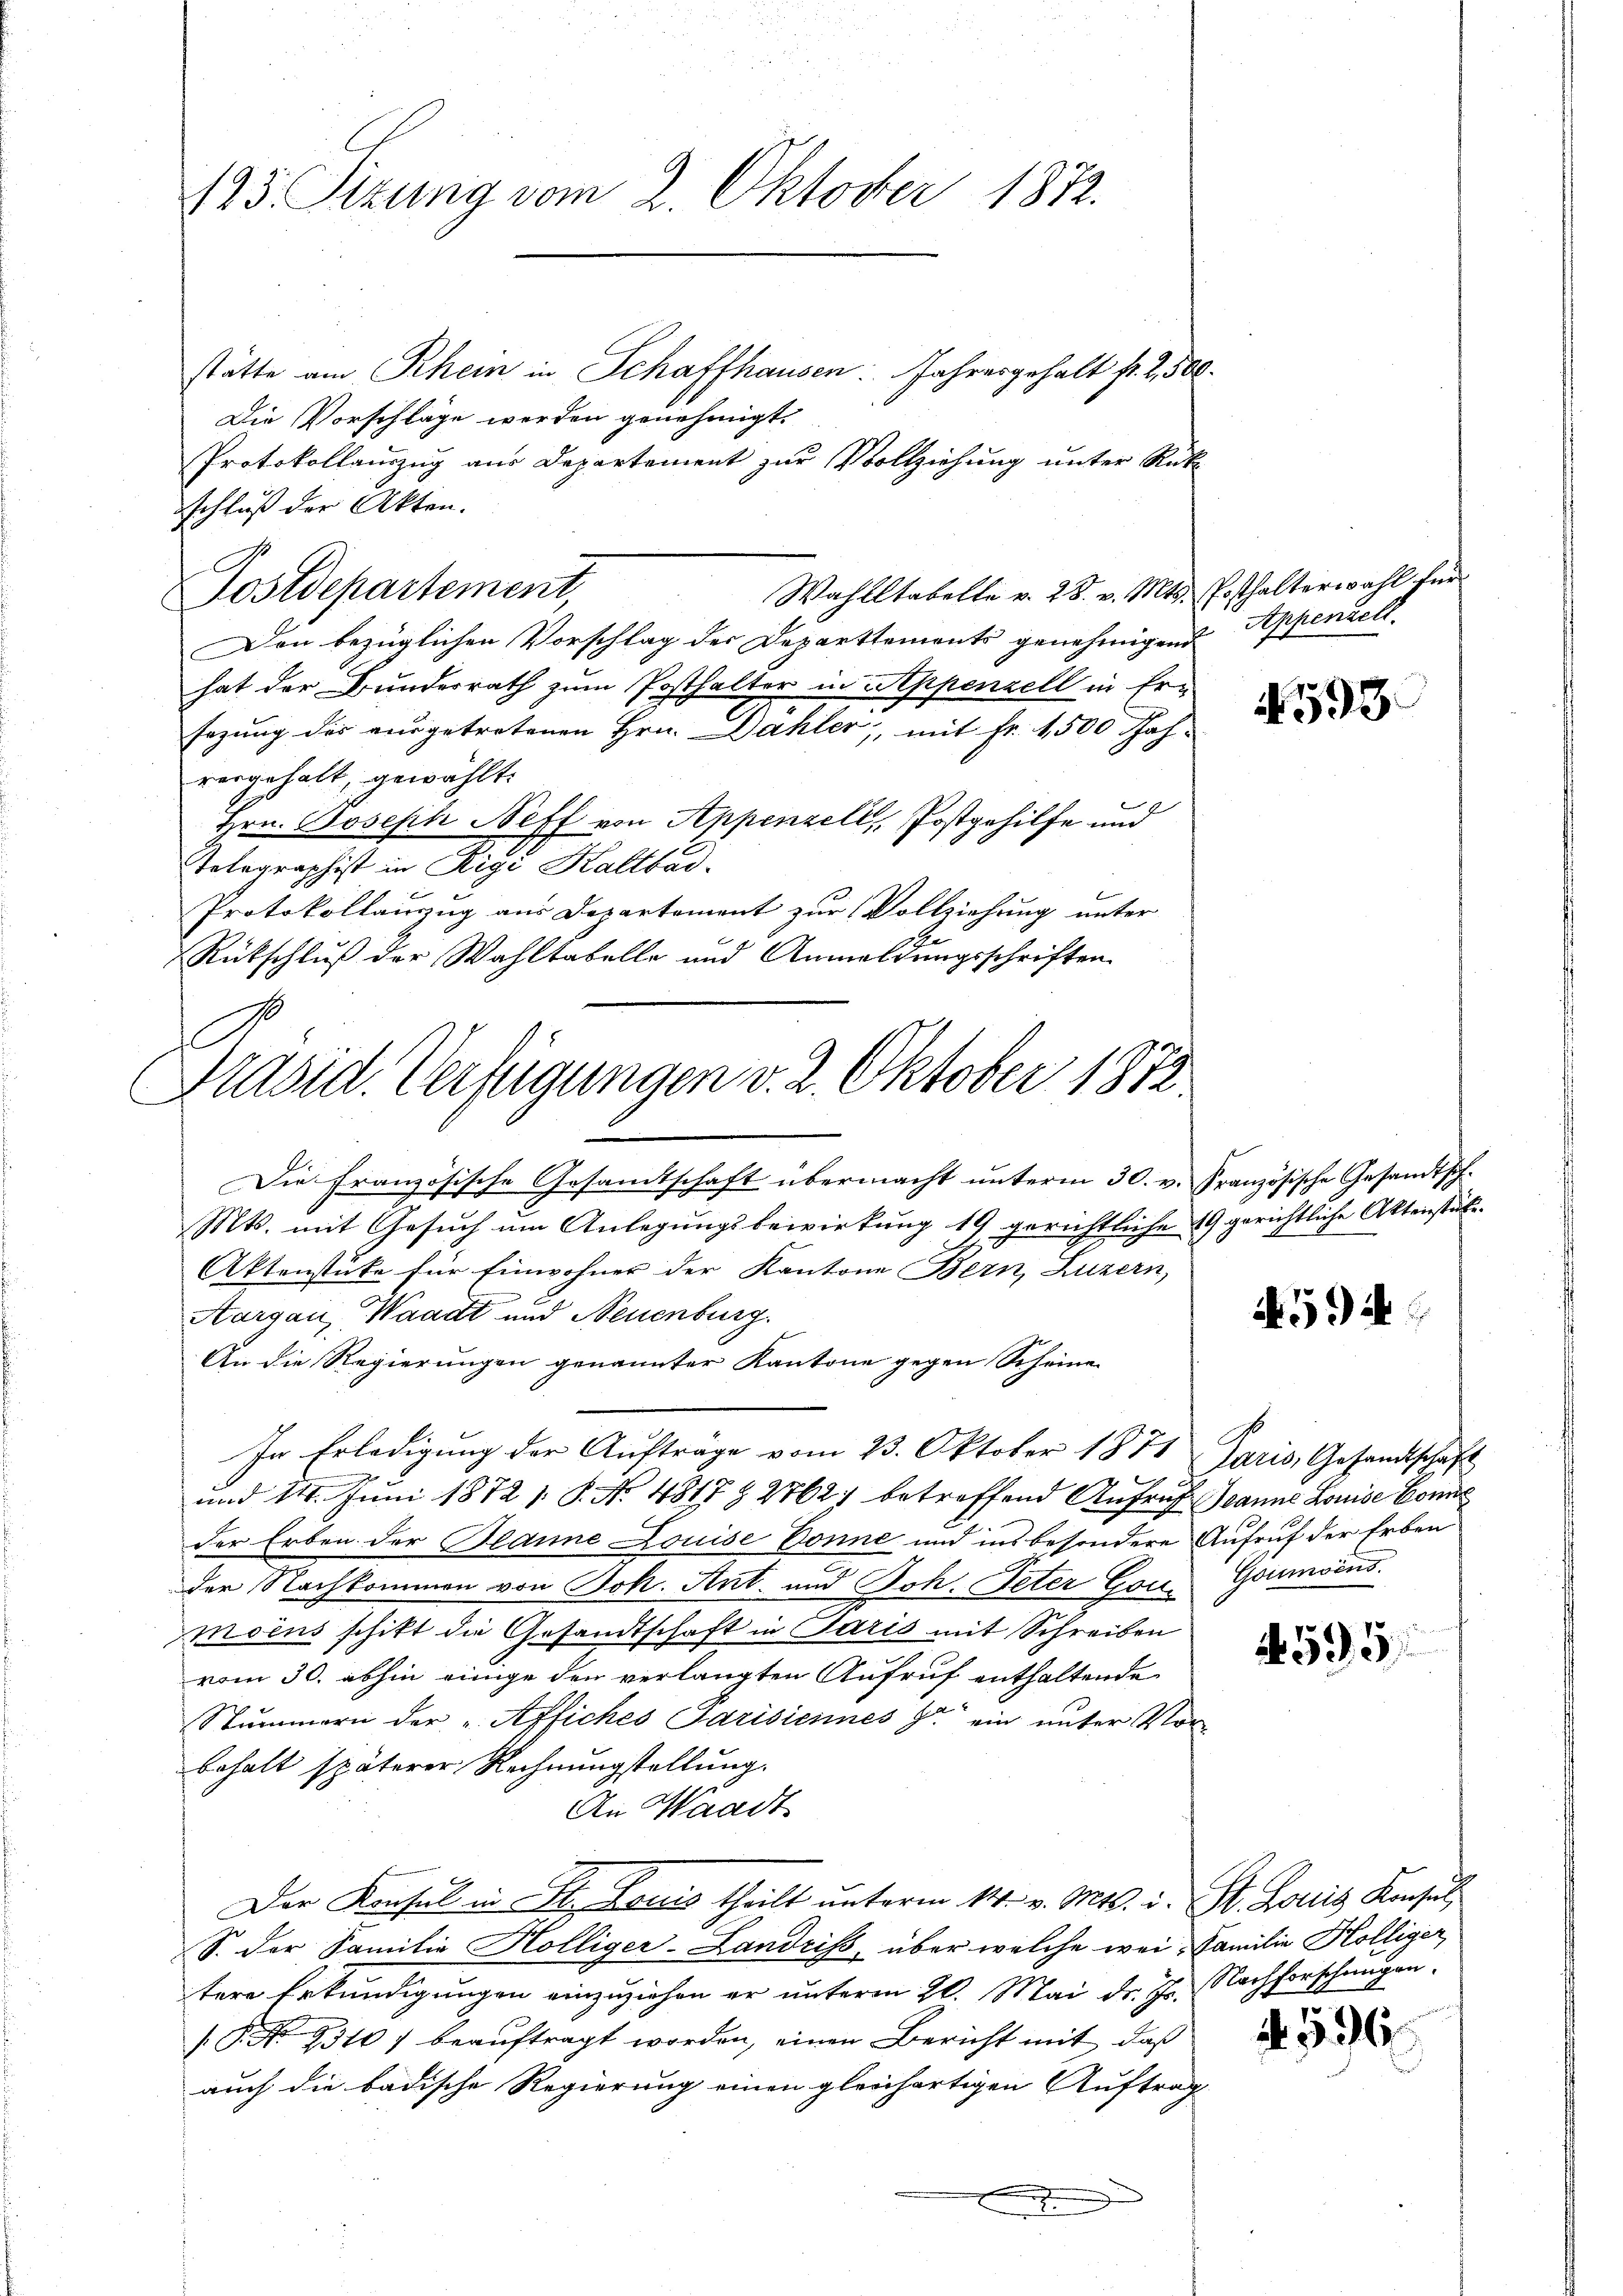
193. Sizung vom 2. Oktober 1872.

stätte am Rhein in Schaffhausen: Jahresgehalt fr. 2,500.
Die Vorschläge werden genehmigt.
Protokollauszug aus Departement zur Vollziehung unter Rük
schluß der Akten.
Wahlltabelle v. 28. v. Mts. Posthalterwahl für
Den bezüglichen Vorschlag der Departtements genehmigen Appenach.
hat der Bundesrath zum Posthalter in Appenzell in Ersazung des ausgetretenen Hrn. Dahler, mit Fr. 1,500 Jahvergehalt, gewählt:
Hrn. Joseph Neff von Appenzell, Postgehilfe und
Telegraphist in Rigi Kaltbad.
Protokollanzug aus Departement zur Vollziehung unter
Rückschluß der Wahltabelle und Anmeldungsschriften

Postdepartement,

Präsid. Verfügungen v. 2. Oktober 1872

f
Die französische Gesamtschaft übermacht unterm 30. v. Französische Gesandtsch-
Mts. mit Gesuch um Anlegungsbewirkung 19 gerichtliche 19 gerichtliche Aktenstäti¬
Aktenstüke für Einwohner der Kantone Bern, Luzern,
Aargau, Waadt und Neuenburg.
An die Regierungen genannter Kantone gegen Scheine
In Erledigung der Aufträge vom 23. Oktober 1871 Paris, Gesandtschaft
und 11. Juni 1872 s. S. No 4817 § 2762) betreffend Aufruf anne Louise Con
der Erben der Bedine Louise Donne und insbesondere Aufruf der Erben-
der Nachkommen von Joh. Ant. und Joh. Peter Gou- Goumoins.
moins schikt die Gesandtschaft in Paris mit Schreiben
vom 30. abhin einige den verlangten Aufruf enthaltende
Stummern der „Affiches Parisiennes J. ein unter Vor-
behalt späterer Rechnungstellung.
An Waadt
Der Konsul in St. Louis theilt unterm 14. v. Mts. v. St. Louis Konsul
S. der Familie Hölliger-Landriss, über welche wei Familie Hölliger
tere Erkundigungen einzuziehen er unterm 20. Mai d. Js.
[.P. No. 9310) beauftragt worden, einen Bericht mit, daß
auch die badische Regierung einen gleichartigen Auftrag
e
.

4593

A594

4595

Nachforschungen.
II

4. 396